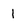
Character: 1